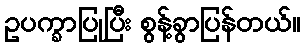
ဥပက္ခာပြုပြီး စွန့်ခွာပြန်တယ်။